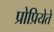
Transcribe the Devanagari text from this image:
प्रोप्रियेते